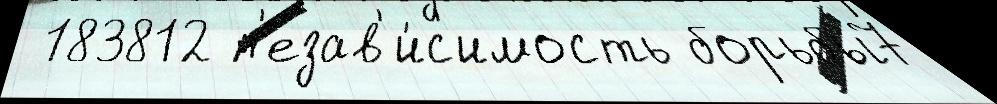
 183812 н'езав'и́с'имость борьбы7